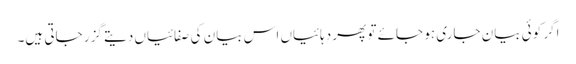
اگر کوئی بیان جاری ہو جائے تو پھر دہائیاں اس بیان کی صفائیاں دیتے گزر جاتی ہیں۔